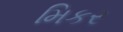
મિકર